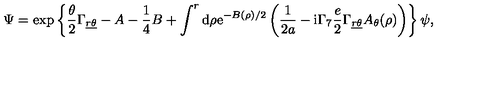
\Psi = \exp \left\{ \frac { \theta } { 2 } \Gamma _ { \underline { { r } } \underline { { \theta } } } - A - { \frac { 1 } { 4 } } B + \int ^ { r } \mathrm { d } \rho \mathrm { e } ^ { - B ( \rho ) / 2 } \left( { \frac { 1 } { 2 a } } - \mathrm { i } \Gamma _ { 7 } { \frac { e } { 2 } } \Gamma _ { \underline { { r } } \underline { { \theta } } } A _ { \theta } ( \rho ) \right) \right\} \psi ,